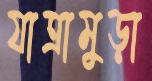
যাত্রামুড়া